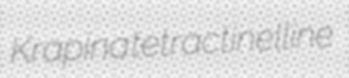
Krapina tetractinelline